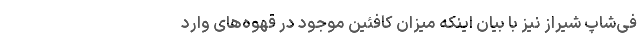
فی‌شاپ شیراز نیز با بیان اینکه میزان کافئین موجود در قهوه‌های وارد